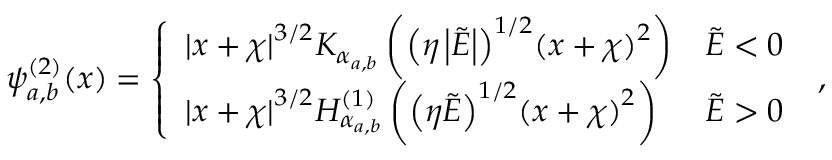
\psi _ { a , b } ^ { ( 2 ) } ( x ) = \left\{ \begin{array} { l l } { { | x + \chi | } ^ { 3 / 2 } K _ { \alpha _ { a , b } } \left( { \left( \eta \left| \tilde { E } \right| \right) } ^ { 1 / 2 } { ( x + \chi ) } ^ { 2 } \right) } & { \tilde { E } < 0 } \\ { { | x + \chi | } ^ { 3 / 2 } H _ { \alpha _ { a , b } } ^ { ( 1 ) } \left( { \left( \eta \tilde { E } \right) } ^ { 1 / 2 } { ( x + \chi ) } ^ { 2 } \right) } & { \tilde { E } > 0 } \end{array} \right. \; ,